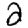
Digit: 2